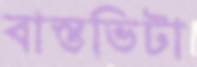
বাস্তভিটা